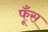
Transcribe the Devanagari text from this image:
फूँस